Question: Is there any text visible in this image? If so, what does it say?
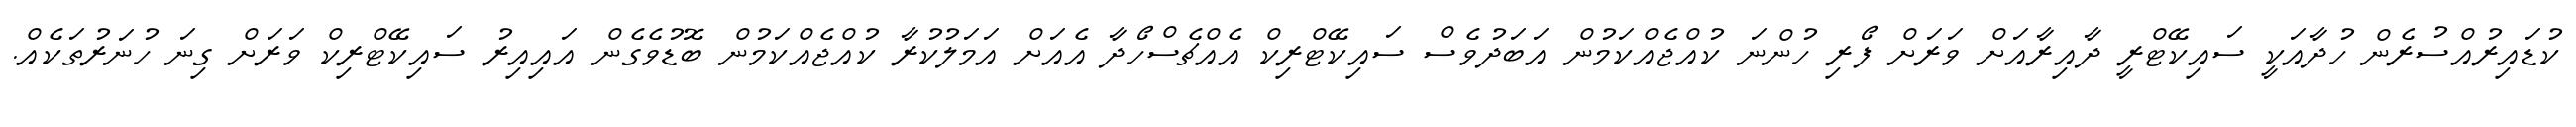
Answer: ކުޑައިރުއްސުރެން ހުދާއަކީ ސައިކޭޓްރީ ދާއިރާއަށް ވަރަށް ފޯރި ހުންނަ ކުއްޖެއްކަމުން އަބަދުވެސް ސައިކޭޓްރިކް އެއްޗެސްހޯދާ އެއަށް އަމަލުކުރާ ކުއްޖެއްކަމުން ބޮޑުވެގެން އައިއިރު ސައިކޭޓްރިކް ވަރަށް ގިނަ ހުނަރުތަކެއް.